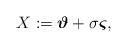
LaTeX: \begin{align*}X:=\mbox{\boldmath$\vartheta$} +\sigma\mbox{\boldmath$\varsigma$}, \end{align*}